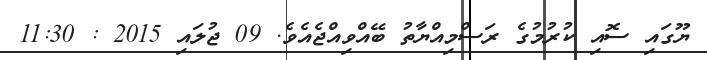
ޔޫގައި ސޮއި ކުރުމުގެ ރަސްމިއްޔާތު ބޭއްވިއްޖެއެވެ. 09 ޖުލައި 2015 : 11:30